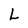
Character: L